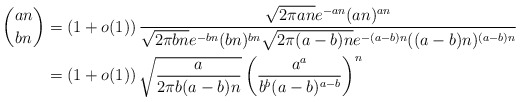
\begin{align*}\binom{an}{bn} &=\left(1 + o(1)\right) \frac{\sqrt{2 \pi an}e^{-an}(an)^{an}}{\sqrt{2 \pi bn}e^{-bn}(bn)^{bn}\sqrt{2 \pi (a-b)n}e^{-(a-b)n}((a-b)n)^{(a-b)n}} \\ &=\left(1 + o(1)\right) \sqrt{\frac{a}{2\pi b(a-b) n}} \left(\frac{a^a}{b^b (a-b)^{a-b}}\right)^n \end{align*}